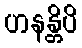
ဟနန္တိပိ